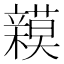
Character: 𮄾